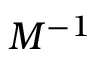
M ^ { - 1 }